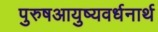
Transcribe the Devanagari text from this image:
पुरुषआयुष्यवर्धनार्थ